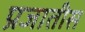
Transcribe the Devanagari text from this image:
प्रजातीस